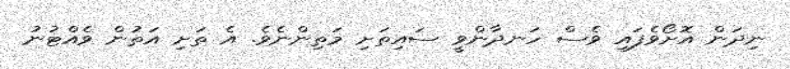
ނިދަން އޮށޯވެފައި ވެސް ހަނދާންވީ ސައިތަށި މަތިންނެވެ. އެ ތަށި އަތުން ވެއްޓުނު